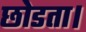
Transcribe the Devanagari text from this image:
छोडता।